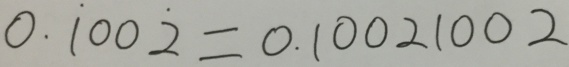
0 . \dot { 1 } 0 0 \dot { 2 } = 0 . 1 0 0 2 1 0 0 2